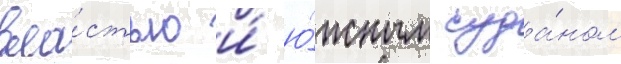
вла́стью и́ ю́жным суда́ном